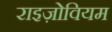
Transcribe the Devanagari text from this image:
राइज़ोवियम